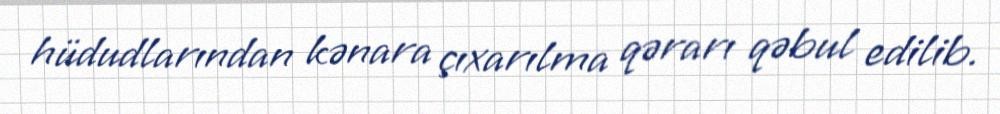
hüdudlarından kənara çıxarılma qərarı qəbul edilib.